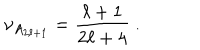
\nu _ { A _ { 2 \ell + 1 } } = \frac { \ell + 1 } { 2 \ell + 4 } ~ .